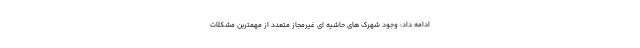
ادامه داد: وجود شهرک های حاشیه ای غیرمجاز متعدد از مهمترین مشکلات